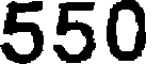
550